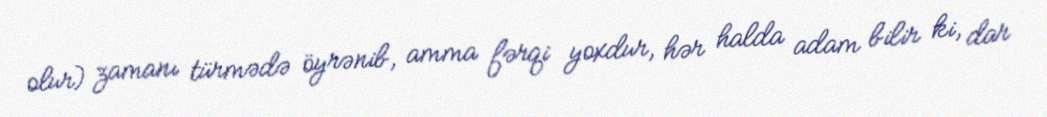
olur) zamanı türmədə öyrənib, amma fərqi yoxdur, hər halda adam bilir ki, dar